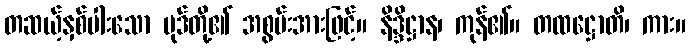
တဆယ့်နှစ်ပါးသော ပုဒ်တို့၏ အစွမ်းအားဖြင့်။ နိဒ္ဒိဋ္ဌာန၊ ကုန်၏။ တထဋ္ဌောတိ၊ ကား။